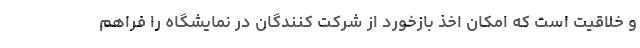
و خلاقیت است که امکان اخذ بازخورد از شرکت کنندگان در نمایشگاه را فراهم